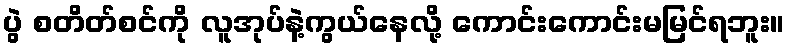
ပွဲ စတိတ်စင်ကို လူအုပ်နဲ့ကွယ်နေလို့ ကောင်းကောင်းမမြင်ရဘူး။